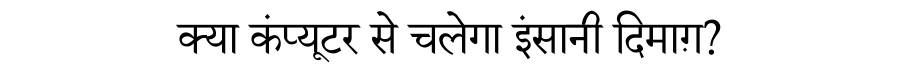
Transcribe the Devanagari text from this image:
क्या कंप्यूटर से चलेगा इंसानी दिमाग़?